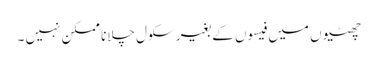
چھٹیوں میں فیسوں کے بغیر سکول چلانا ممکن نہیں ۔